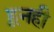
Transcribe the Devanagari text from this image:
हूनही